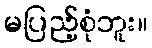
မပြည့်စုံဘူး။